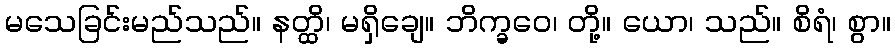
မသေခြင်းမည်သည်။ နတ္ထိ၊ မရှိချေ။ ဘိက္ခဝေ၊ တို့။ ယော၊ သည်။ စိရံ၊ စွာ။